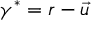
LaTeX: \gamma ^ { * } = r - { \vec { u } }